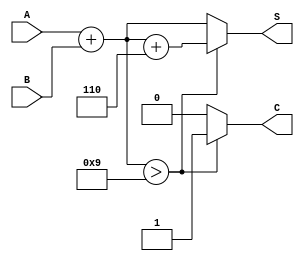
module BCD_Redundant_Binary_Adder (
    input [3:0] A,       // BCD input A
    input [3:0] B,       // BCD input B
    output reg [4:0] S,  // Redundant binary output (5 bits)
    output reg C         // Carry out
);

    // Intermediate signals
    reg [4:0] sum;       // 5-bit sum of A and B
    reg [4:0] corrected_sum; // Corrected sum after BCD adjustment

    always @(*) begin
        // Step 1: Perform the addition
        sum = {1'b0, A} + {1'b0, B}; // Extend A and B to 5 bits for addition

        // Step 2: Check for BCD correction
        if (sum > 5'd9) begin
            corrected_sum = sum + 5'b0110; // Add 6 to correct BCD
            C = 1'b1; // Set carry out
        end else begin
            corrected_sum = sum; // No correction needed
            C = 1'b0; // No carry out
        end

        // Step 3: Assign the corrected sum to output
        S = corrected_sum; // Output the result in redundant binary format
    end

endmodule